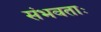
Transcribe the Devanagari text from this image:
संभवताः